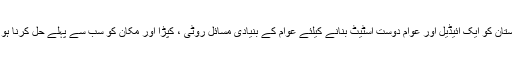
پاکستان کو ایک آئیڈیل اور عوام دوست اسٹیٹ بنانے کیلئے عوام کے بنیادی مسائل روٹی ، کپڑا اور مکان کو سب سے پہلے حل کرنا ہو گا۔